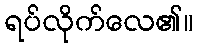
ရပ်လိုက်လေ၏။